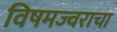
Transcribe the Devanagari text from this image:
विषमज्वराचा